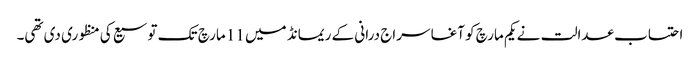
احتساب عدالت نے یکم مارچ کو آغا سراج درانی کے ریمانڈ میں 11 مارچ تک توسیع کی منظوری دی تھی۔